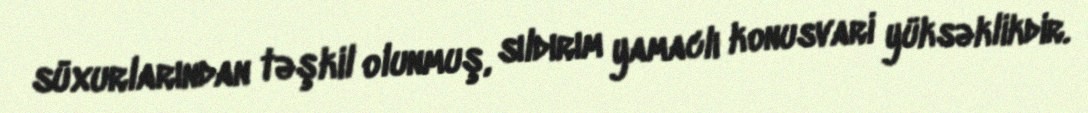
süxurlarından təşkil olunmuş, sıldırım yamaclı konusvari yüksəklikdir.